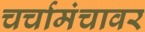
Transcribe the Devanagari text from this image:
चर्चामंचावर